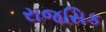
રાજસિક